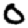
Digit: 0